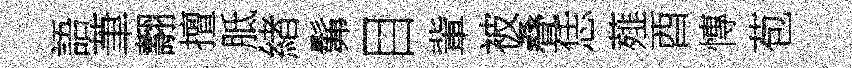
語茟翿擅胝緖髴目軰被叠恁薤酉慱苞